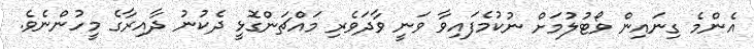
އެންމެ ގިނައިން ވޯޓުލުމަށް ނުކުމެފައިވާ ވަނީ ވާދަވެރި މައްޗަންގޮޅީ ދެކުނު ދާއިރާގެ މީހުންނެވެ.